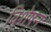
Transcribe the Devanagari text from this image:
विशेषन